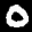
Label: 0